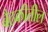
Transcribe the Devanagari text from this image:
बैठकीतील